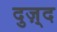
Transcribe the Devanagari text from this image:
दुज़्द